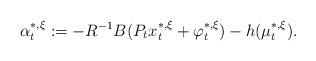
LaTeX: \begin{align*}\alpha^{*,\xi}_t:=-R^{-1}B(P_tx^{*,\xi}_t+\varphi_t^{*,\xi})-h(\mu_t^{*,\xi}).\end{align*}